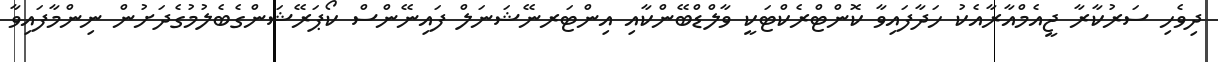
ދިވެހި ސަރުކާރާ ޖީއެމްއާރާއެކު ހަދާފައިވާ ކޮންޓްރެކްޓަކީ ވާލްޑްބޭންކާއި އިންޓަރނޭޝަނަލް ފައިނޭންސް ކޯޕަރޭޝަންގެބެލުމުގެދަށުން ނިންމާފައިވާ